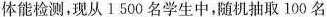
体能检测，现从1500名学生中，随机抽取100名